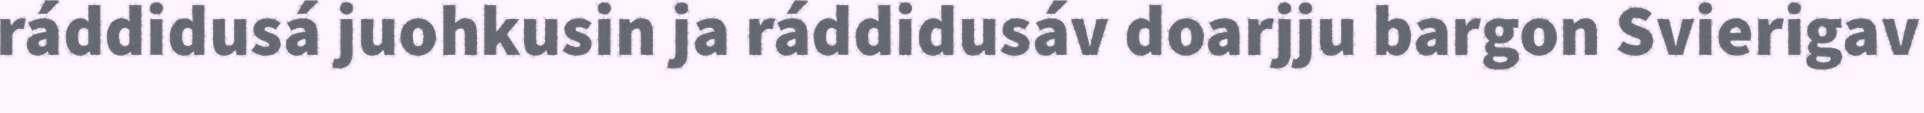
ráddidusá juohkusin ja ráddidusáv doarjju bargon Svierigav